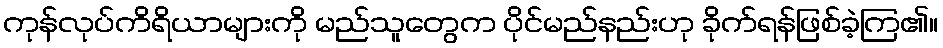
ကုန်လုပ်ကိရိယာများကို မည်သူတွေက ပိုင်မည်နည်းဟု ခိုက်ရန်ဖြစ်ခဲ့ကြ၏။